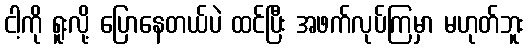
ငါ့ကို ရူးလို့ ပြောနေတယ်ပဲ ထင်ပြီး အဖက်လုပ်ကြမှာ မဟုတ်ဘူး